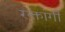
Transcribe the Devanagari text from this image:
रक्तांगी